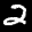
Label: 2